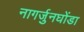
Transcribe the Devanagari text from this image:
नागर्जुनघोंडा